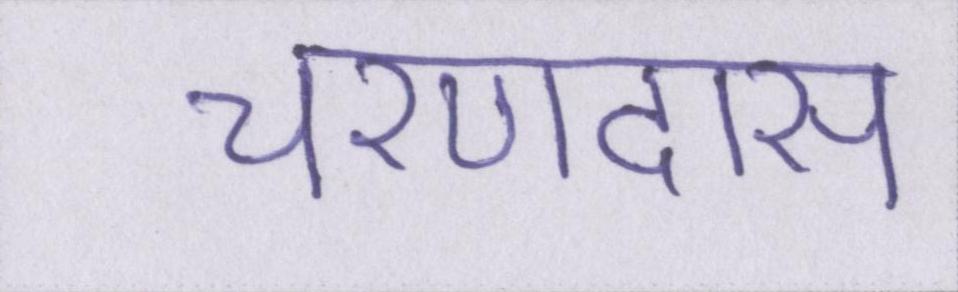
चरणदास